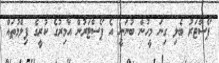
ޕޯސްޓަރު ބެލި ގިނަ މީހުން ބުނަނީ އެ ޕޯސްޓަރުން އާމިރުގެ ކުރީގެ ފިލްމުތައް